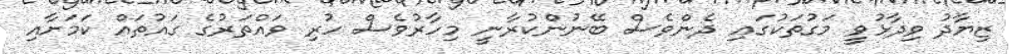
ޒިޔާދު ވިދާޅުވީ މަގުތަކުގައި ދެންވެސް ބޭނުންކުރާނީ މިހާރުވެސް ހުރި ވައްތަރުގެ ގައުތައް ކަމަށާއި